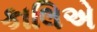
કાલિએ